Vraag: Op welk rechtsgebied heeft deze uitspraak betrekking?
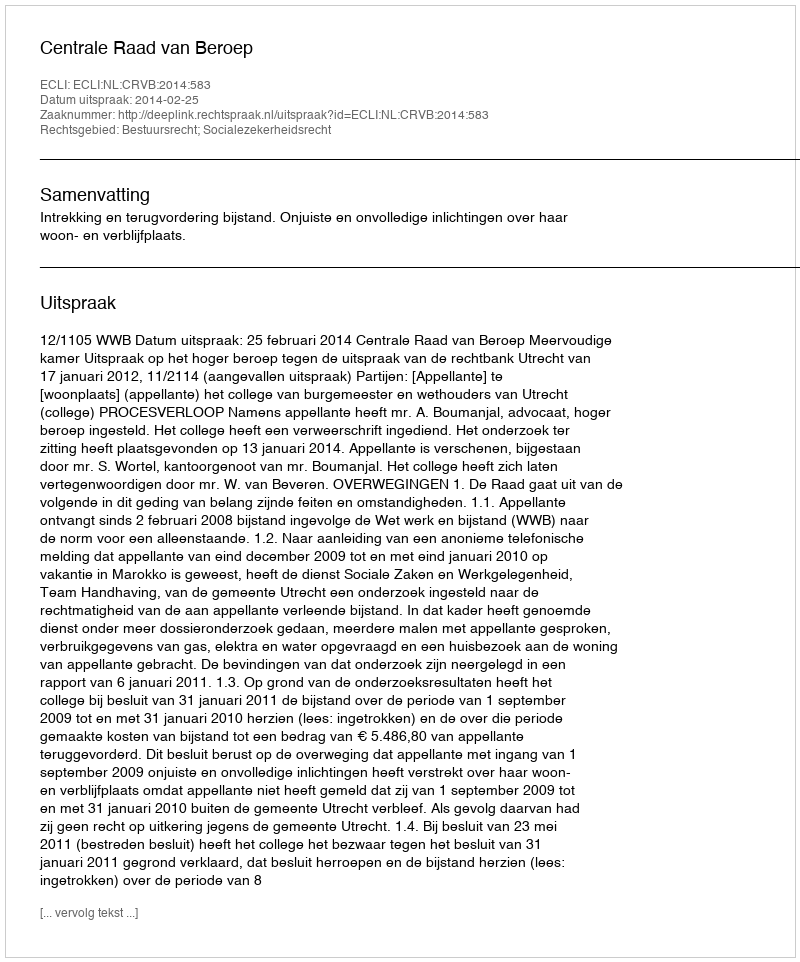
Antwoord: Bestuursrecht; Socialezekerheidsrecht